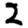
Digit: 2